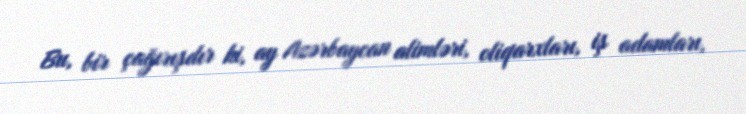
Bu, bir çağırışdır ki, ay Azərbaycan alimləri, oliqarxları, iş adamları,